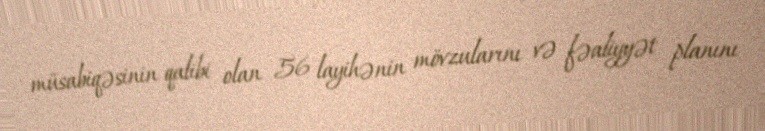
müsabiqəsinin qalibi olan 56 layihənin mövzularını və fəaliyyət planını